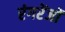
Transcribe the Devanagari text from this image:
रंगरेंजों